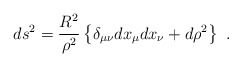
\begin{align*}ds^2 = \frac{R^2}{\rho^2}\left\{ \delta_{\mu\nu}dx_\mu dx_\nu + d\rho^2 \right\}\ .\end{align*}